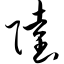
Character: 陆